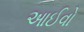
આઈવો